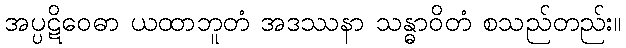
အပ္ပဋိဝေဓာ ယထာဘူတံ အဒဿနာ သန္ဓာဝိတံ စသည်တည်း။